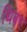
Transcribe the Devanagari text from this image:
थिबर